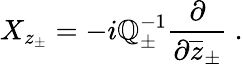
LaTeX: X_{z_{\pm}}=-i\mathbb{Q}_{\pm}^{-1}\displaystyle\frac{{\partial}}{{\partial\overline{{{{z}}}}_{\pm}}}~.